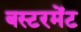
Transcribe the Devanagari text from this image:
बस्टरमेंट